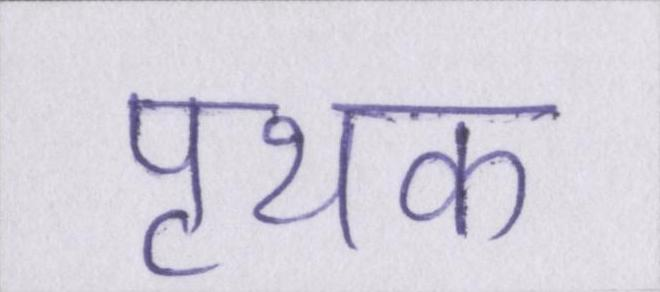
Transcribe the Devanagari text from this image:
पृथक